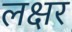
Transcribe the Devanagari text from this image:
लक्षर